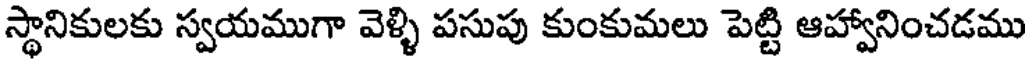
స్థానికులకు స్వయముగా వెళ్ళి పసుపు కుంకుమలు పెట్టి ఆహ్వానించడము